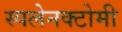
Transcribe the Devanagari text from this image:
स्पलेनक्टोमी